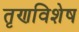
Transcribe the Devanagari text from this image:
तृणविशेष